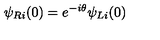
\psi _ { R i } ( 0 ) = e ^ { - i \theta } \psi _ { L i } ( 0 )